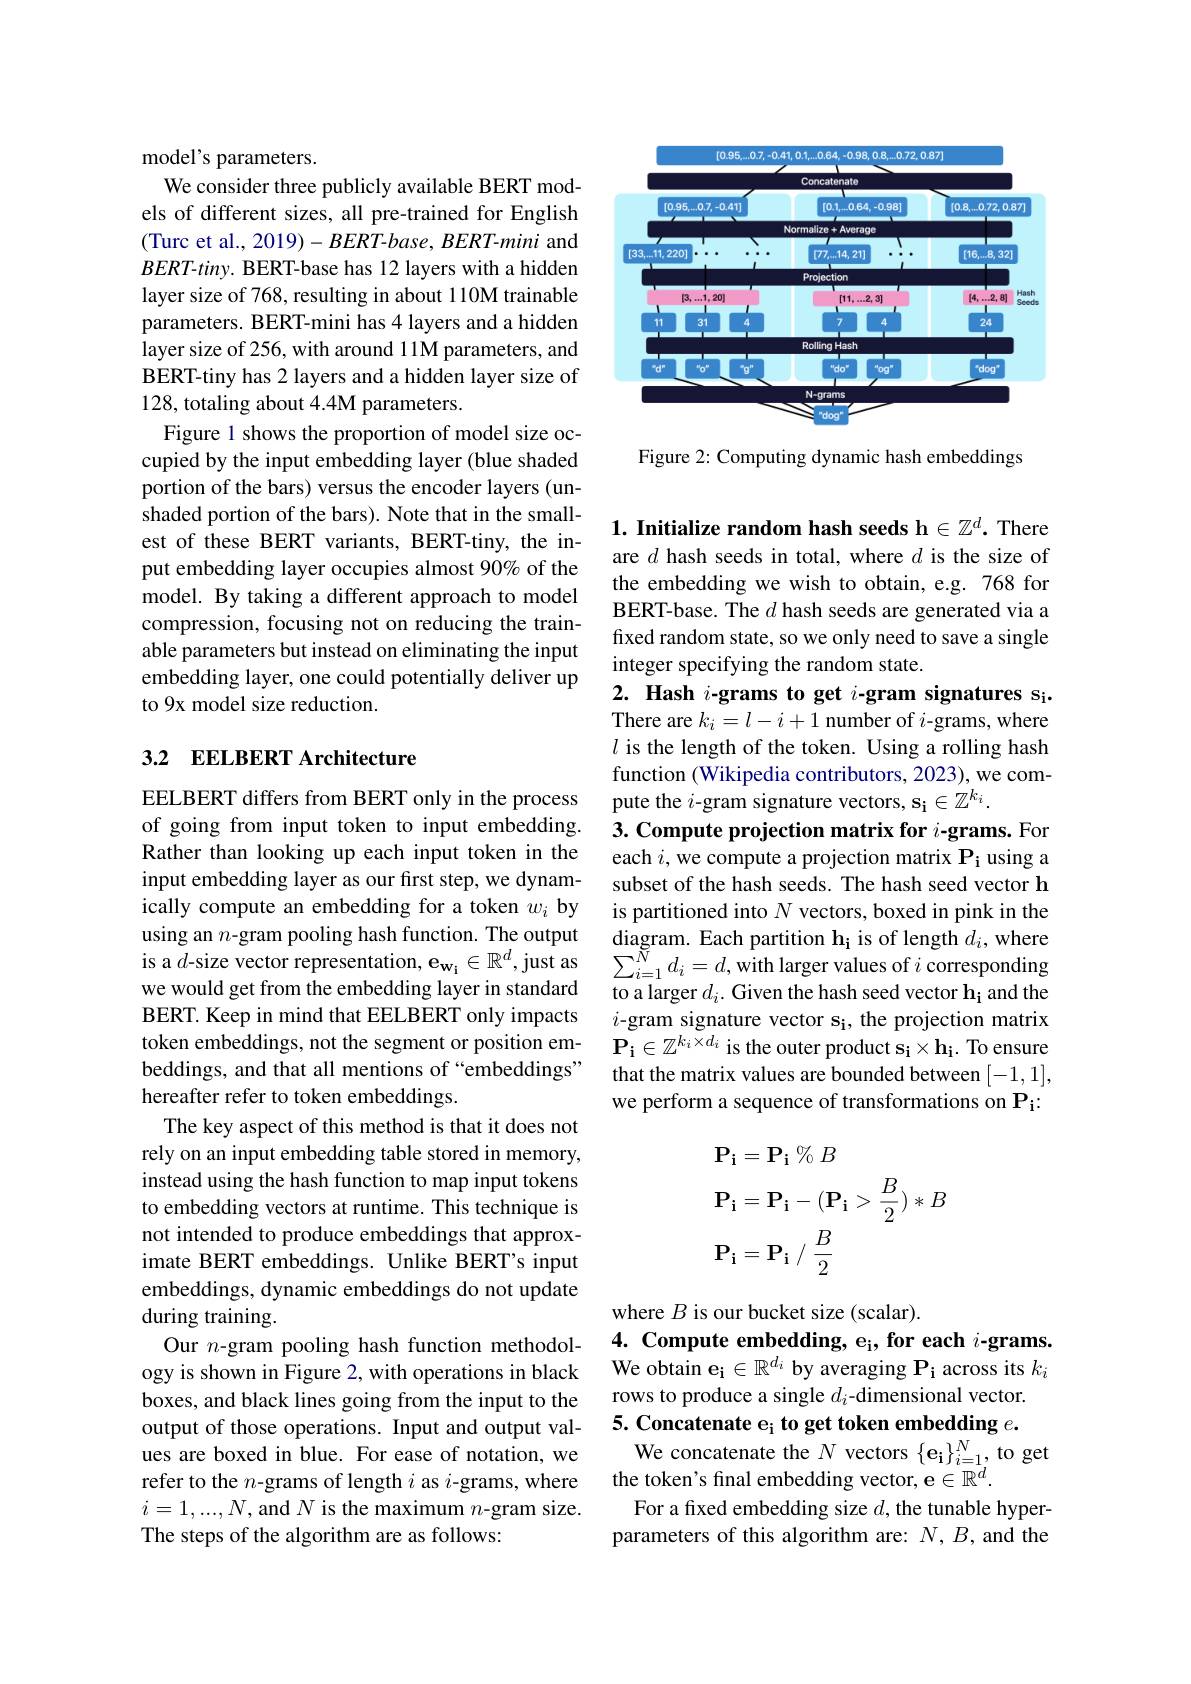
<FigureHere>

Figure 2: Computing dynamic hash embeddings

model's parameters.
We consider three publicly available BERT models of different sizes, all pre-trained for English (Turc et al., 2019)- BERT-base, BERT-mini and BERT-tiny. BERT-base has 12 layers with a hidden layer size of 768, resulting in about 110M trainable parameters. BERT-mini has 4 layers and a hidden layer size of 256, with around 11M parameters, and BERT-tiny has 2 layers and a hidden layer size of 128, totaling about 4.4M parameters.
Figure 1 shows the proportion of model size occupied by the input embedding layer (blue shaded portion of the bars) versus the encoder layers (unshaded portion of the bars). Note that in the smallest of these BERT variants, BERT-tiny, the input embedding layer occupies almost 90% of the model. By taking a different approach to model compression, focusing not on reducing the trainable parameters but instead on eliminating the input embedding layer, one could potentially deliver up to 9x model size reduction.

# 3.2 EELBERT Architecture

EELBERT differs from BERT only in the process of going from input token to input embedding. Rather than looking up each input token in the input embedding layer as our first step, we dynamically compute an embedding for a token $w_i$ by using an $n$-gram pooling hash function. The output is a $d$-size vector representation, $\mathbf{e_{w_i}}\in\mathbb{R}^d$,just as we would get from the embedding layer in standard BERT. Keep in mind that EELBERT only impacts token embeddings, not the segment or position embeddings, and that all mentions of “embeddings” hereafter refer to token embeddings.
The key aspect of this method is that it does not rely on an input embedding table stored in memory, instead using the hash function to map input tokens to embedding vectors at runtime. This technique is not intended to produce embeddings that approximate BERT embeddings. Unlike BERT's input embeddings, dynamic embeddings do not update during training.
Our $n$-gram pooling hash function methodology is shown in Figure 2, with operations in black boxes, and black lines going from the input to the output of those operations. Input and output val- 5. Concatenate e$\mathrm{e}_{\mathrm{i}}$ to get token embedding $e.$
ues are boxed in blue. For ease of notation, we refer to the $n$-grams of length $i$ as $i$-grams, where $i=1,...,N$,and $N$ is the maximum $n$-gram size. The steps of the algorithm are as follows:

1. Initialize random hash seeds h$\in\mathbb{Z}^d.$ There are $d$ hash seeds in total, where $d$ is the size of the embedding we wish to obtain, e.g. 768 for BERT-base. The $d$ hash seeds are generated via a fixed random state, so we only need to save a single integer specifying the random state.
2. Hash $i\textbf{- grams to get }i\textbf{- gram signatures s}_{\mathrm{i} }.$ There are $k_i=l-i+1$ number of $i$-grams, where $l$ is the length of the token. Using a rolling hash function (Wikipedia contributors, 2023), we compute the $i$-gram signature vectors, s$_\mathbf{i}\in\mathbb{Z}^k_i.$
3. Compute projection matrix for $i$-grams. For each $i$, we compute a projection matrix $\mathbf{P_i}$ using a subset of the hash seeds. The hash seed vector h is partitioned into $N$ vectors, boxed in pink in the diagram. Each partition h¡ is of length $d_i$,where $\sum_{i=1}^{\breve{N}}d_{i}=d,\dot{\text{with larger values of }i}$corresponding to a larger $d_i.$ Given the hash seed vector h$_\mathrm{i}$ and the $i$-gram signature vector s$_\mathrm{i}$, the projection matrix $\mathbf{P_i}\in\mathbb{Z}^{k_i\times d_i}$ is the outer product s$_\mathbf{i}\times\mathbf{h_i}.$ To ensure that the matrix values are bounded between [-1,1], we perform a sequence of transformations on Pi:
$$\begin{aligned}&\mathbf{P_{i}}=\mathbf{P_{i}}\:\%\:B\\&\mathbf{P_{i}}=\mathbf{P_{i}}-(\mathbf{P_{i}}>\frac{B}{2})*B\\&\mathbf{P_{i}}=\mathbf{P_{i}}\:/\:\frac{B}{2}\end{aligned}$$
where $B$ is our bucket size (scalar).
4. Compute embedding, e$_\mathrm{i} , \textbf{for each }i$-grams. $\tilde{\text{We obtain e}_i}\in\mathbb{R}^{d_i}$ by averaging $\mathbf{P}_\mathrm{i}$ across its $k_i$ rows to produce a single $d_i$-dimensional vector.
We concatenate the $N$ vectors $\{\mathbf{e_i}\}_i=1^N$, to get
the token's final embedding vector, e$\in\mathbb{R}^d.$
For a fixed embedding size $d$,the tunable hyperparameters of this algorithm are: $N,B$, and the